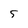
Character: 5